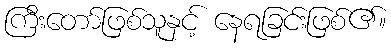
ကြီးတော်ဖြစ်သူနှင့် နေရခြင်းဖြစ်၏။